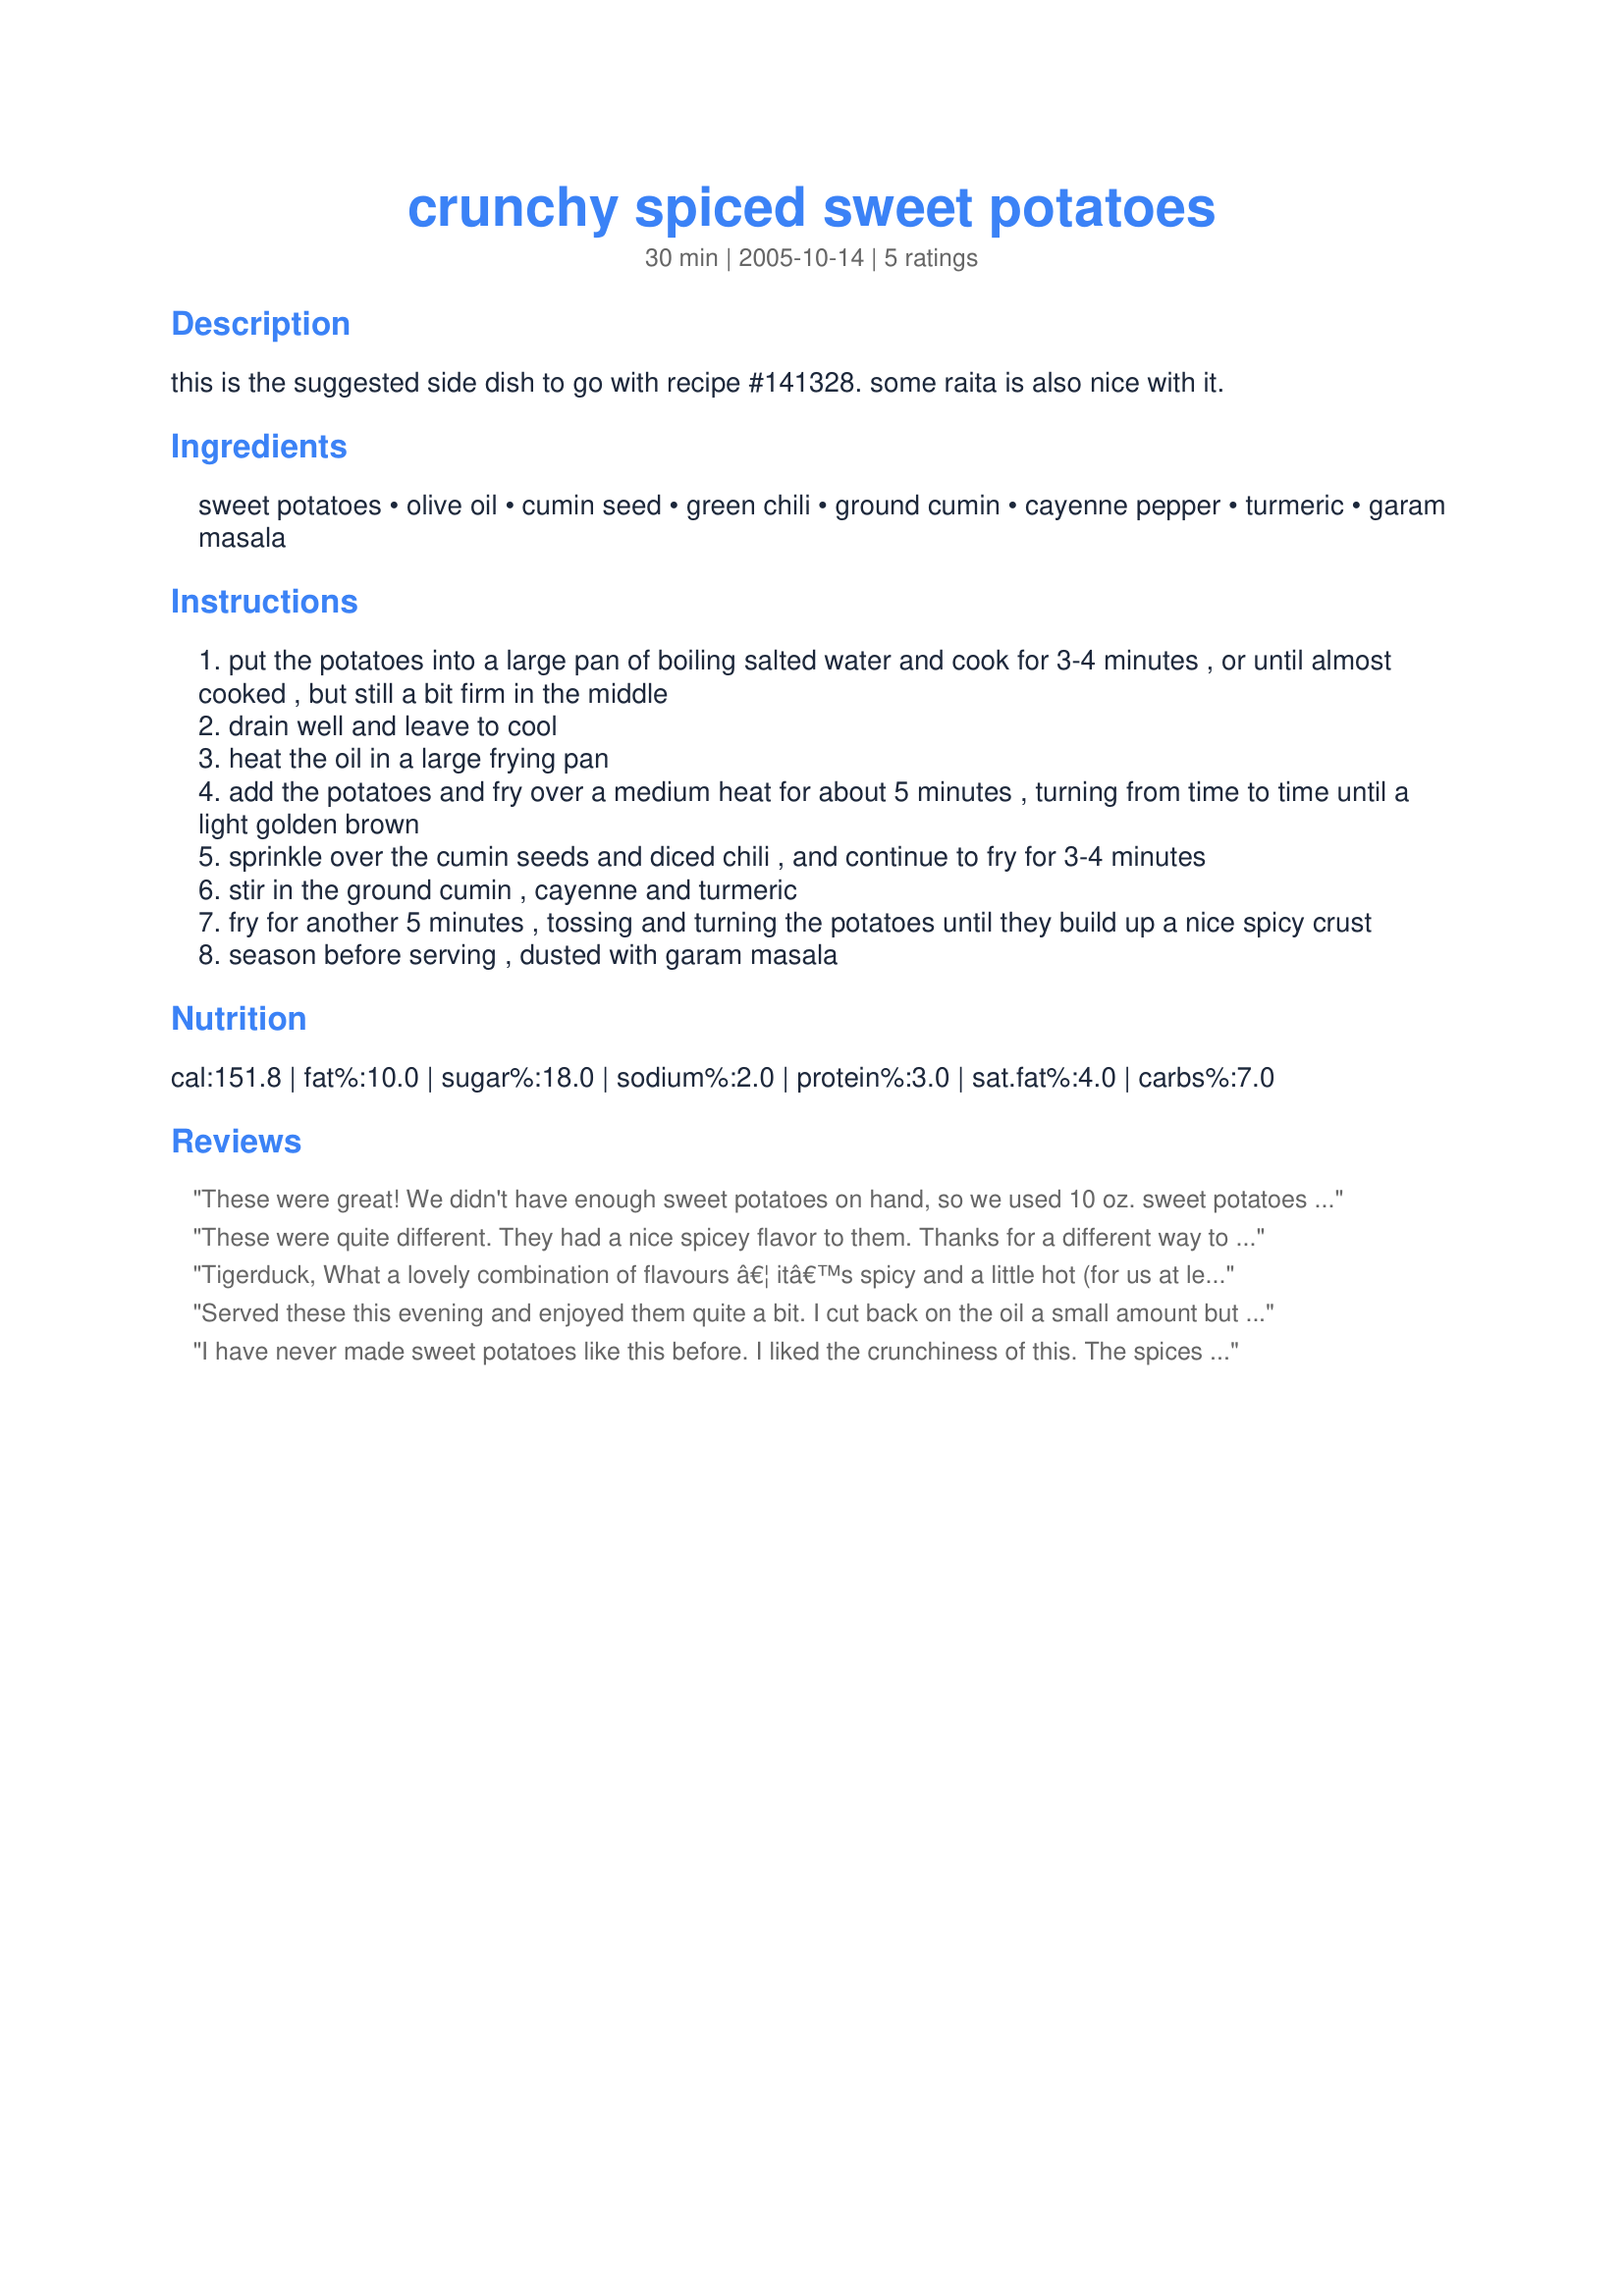
crunchy spiced sweet potatoes
Preparation time: 30 minutes

this is the suggested side dish to go with recipe #141328. some raita is also nice with it.

Ingredients:
sweet potatoes, olive oil, cumin seed, green chili, ground cumin, cayenne pepper, turmeric, garam masala

Steps:
put the potatoes into a large pan of boiling salted water and cook for 3-4 minutes , or until almost cooked , but still a bit firm in the middle
drain well and leave to cool
heat the oil in a large frying pan
add the potatoes and fry over a medium heat for about 5 minutes , turning from time to time until a light golden brown
sprinkle over the cumin seeds and diced chili , and continue to fry for 3-4 minutes
stir in the ground cumin , cayenne and turmeric
fry for another 5 minutes , tossing and turning the potatoes until they build up a nice spicy crust
season before serving , dusted with garam masala

Reviews:
These were great! We didn't have enough sweet potatoes on hand, so we used 10 oz. sweet potatoes and 10 oz. russets. We also accidentally left out the jalapeno, so these weren't as spicy as written in the recipe. Despite my oversights and accidental omissions, we really enjoyed these and are certain to make them again. They were so flavorful - I especially liked the addition of whole cumin seed. Thanks for posting!
These were quite different. They had a nice spicey flavor to them. Thanks for a different way to serve sweet potatoes.

Nick's Mom
Tigerduck, What a lovely combination of flavours â€¦ itâ€™s spicy and a little hot (for us at least, we are not fire-eaters here) but the sweetness of the sweet potatoes balances everything out rather nicely and even the heat-wimp (moi) went back for seconds. 
I served this with salmon and salad with a tangy vinaigrette and liked the combination very much. Please see my rating system: a wonderful 4 stars. Thanks !
Served these this evening and enjoyed them quite a bit. I cut back on the oil a small amount but found you really needed some to get the crsipy exterior. I toasted my cumin seeds and broke them up a we bit before tossing hem in the potatoes. Thought that worked rather nicely. Thanks.
I have never made sweet potatoes like this before. I liked the crunchiness of this. The spices were diffrent too. Im glad I had a chance to try these types of spices. Thanks for posting!!
